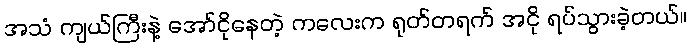
အသံ ကျယ်ကြီးနဲ့ အော်ငိုနေတဲ့ ကလေးက ရုတ်တရက် အငို ရပ်သွားခဲ့တယ်။